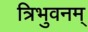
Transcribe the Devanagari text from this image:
त्रिभुवनम्